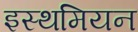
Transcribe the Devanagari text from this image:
इस्थमियन